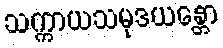
သက္ကာယသမုဒယန္တော